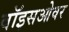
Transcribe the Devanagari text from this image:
वॉइसओवर